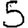
Digit: 5